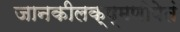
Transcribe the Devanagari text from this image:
जानकीलक्ष्मणोपेतं